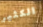
الكثير